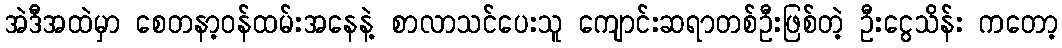
အဲဒီအထဲမှာ စေတနာ့ဝန်ထမ်းအနေနဲ့ စာလာသင်ပေးသူ ကျောင်းဆရာတစ်ဦးဖြစ်တဲ့ ဦးငွေသိန်း ကတော့